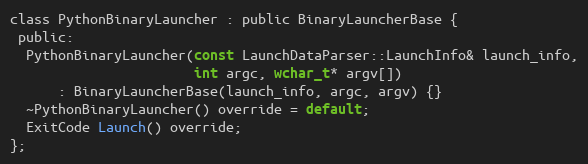
Language: C
class PythonBinaryLauncher : public BinaryLauncherBase {
 public:
  PythonBinaryLauncher(const LaunchDataParser::LaunchInfo& launch_info,
                       int argc, wchar_t* argv[])
      : BinaryLauncherBase(launch_info, argc, argv) {}
  ~PythonBinaryLauncher() override = default;
  ExitCode Launch() override;
};